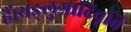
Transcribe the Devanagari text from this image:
हैं।यङ्लुगादिवृत्ति